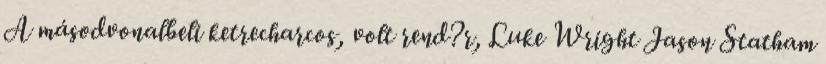
A másodvonalbeli ketrecharcos, volt rend?r, Luke Wright Jason Statham